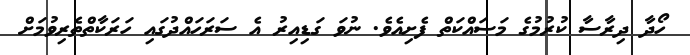
ހޯދާ ދިރާސާ ކުރުމުގެ މަސައްކަތް ފެށިއެވެ. ނުވަ ގަޑިއިރު އެ ސަރަހައްދުގައި ހަރަކާތްތެރިވުމަށް